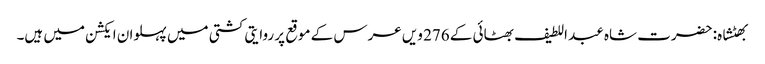
بھٹشاہ: حضرت شاہ عبد اللطیف بھٹائی کے 276 ویں عرس کے موقع پر روایتی کشتی میں پہلوان ایکشن میں ہیں۔